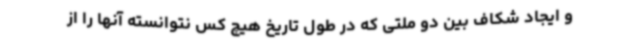
و ایجاد شکاف بین دو ملتی که در طول تاریخ هیچ کس نتوانسته آنها را از